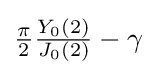
{\tfrac {\pi }{2}}{\tfrac {Y_{0}(2)}{J_{0}(2)}}-\gamma